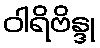
ဝါရိဗိန္ဒု